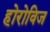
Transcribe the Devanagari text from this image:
होरोविज